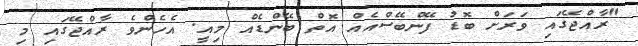
"ރާއްޖޭގައި ވަރަށް ބޮޑު ފޭންބޭސްއެއް އޮތް ބޭންޑެއް މިއީ. އެހެންވެ ރާއްޖޭގައި މި